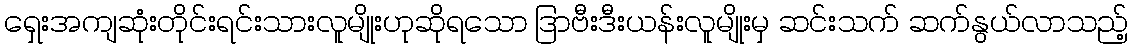
ရှေးအကျဆုံးတိုင်းရင်းသားလူမျိုးဟုဆိုရသော ဒြာဗီးဒီးယန်းလူမျိုးမှ ဆင်းသက် ဆက်နွယ်လာသည့်